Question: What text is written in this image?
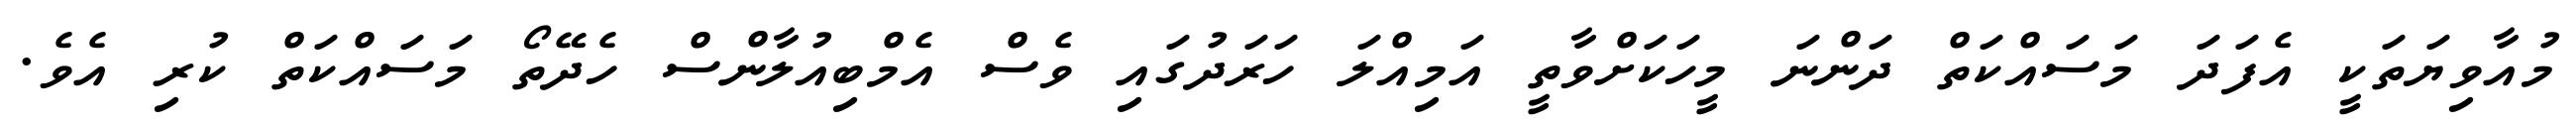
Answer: މުއާވިޔަތަކީ އެފަދަ މަސައްކަތް ދަންނަ މީހަކަށްވާތީ އަމިއްލަ ހަރަދުގައި ވެސް އެމްބިއުލާންސް ހެދޭތޯ މަސައްކަތް ކުރި އެވެ.